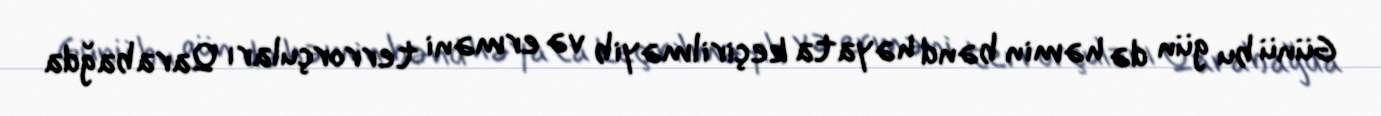
Günü bu gün də həmin bənd həyata keçirilməyib və erməni terrorçuları Qarabağda